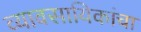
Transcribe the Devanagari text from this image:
व्यावसायिकांचा